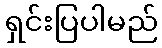
ရှင်းပြပါမည်